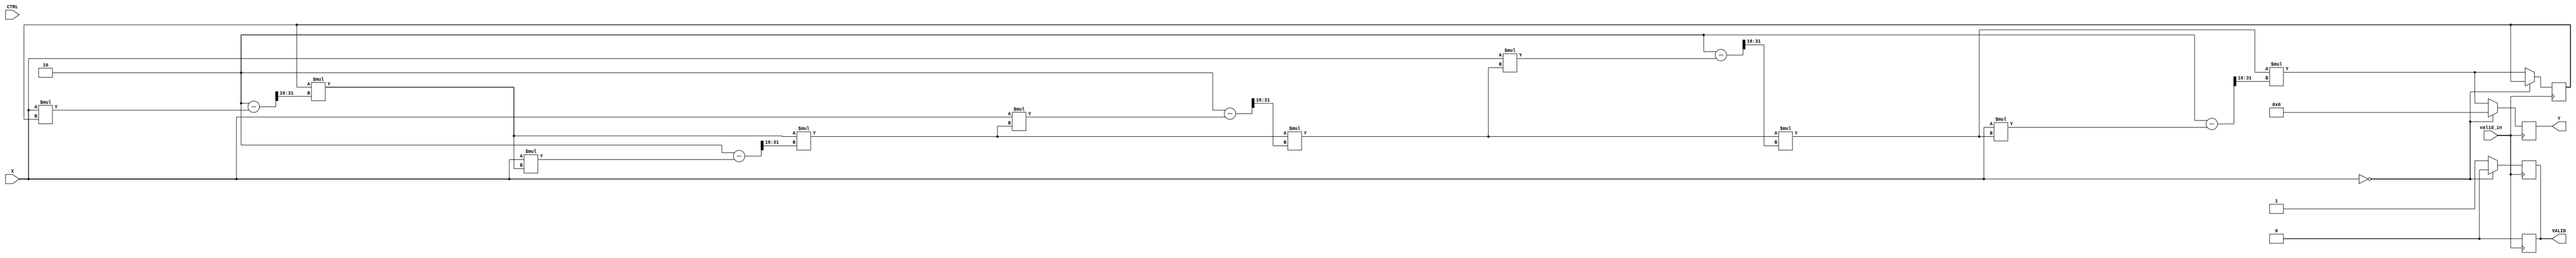
module BitwiseReciprocal #(
    parameter WIDTH = 16,         // Width of input and output
    parameter FRAC_WIDTH = 8      // Fractional width for fixed-point representation
)(
    input wire [WIDTH-1:0] X,     // Input value
    input wire CTRL,               // Control signal (not used in this basic implementation)
    input wire valid_in,           // Valid input signal
    output reg [WIDTH-1:0] Y,      // Output reciprocal
    output reg VALID               // Output valid signal
);

    reg [WIDTH-1:0] approx;       // Approximation of reciprocal
    reg [WIDTH*2-1:0] product;     // To hold the product of X and approx
    integer i;

    always @(posedge valid_in) begin
        // Check for zero input
        if (X == 0) begin
            Y <= 0;                 // Handle division by zero
            VALID <= 0;
        end else begin
            // Initial approximation: 1/x can be approximated using bit shifts
            approx <= (1 << (WIDTH - 1)) / X; // Start with a rough estimate
            
            // Iterative refinement
            for (i = 0; i < 5; i = i + 1) begin
                product = X * approx;
                approx = approx * (2 - product >> WIDTH); // Newton-Raphson update
            end
            
            // Output the final approximation
            Y <= approx;
            VALID <= 1;
        end
    end

    // Reset output valid signal when input valid signal is low
    always @(negedge valid_in) begin
        VALID <= 0;
    end

endmodule